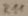
Text: R11